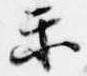
楽